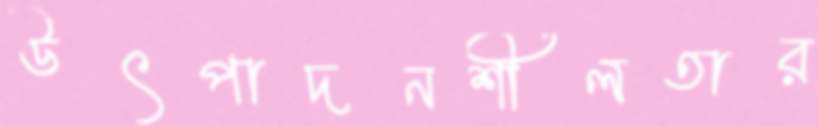
উৎপাদনশীলতার